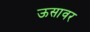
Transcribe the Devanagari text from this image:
ऊसावर